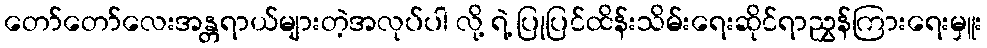
တော်တော်လေးအန္တရာယ်များတဲ့အလုပ်ပါ လို့ ရဲ့ ပြုပြင်ထိန်းသိမ်းရေးဆိုင်ရာညွှန်ကြားရေးမှူး